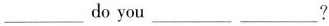
___do you___ ___?